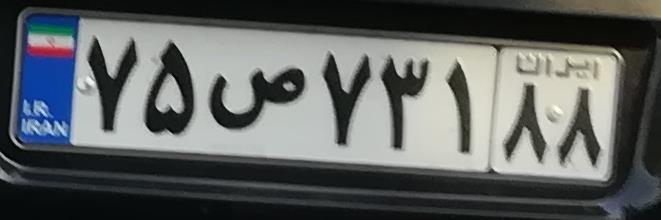
۷۵ص۷۳۱۸۸